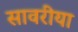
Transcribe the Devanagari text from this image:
सावरीया